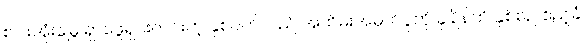
စပါးအုံးမြွေ ရှာဖွေရှင်းလင်းတဲ့ နှစ်ပတ်လည် အထိမ်းအမှတ်ပွဲကို ခုချိန်ထိ နှစ်စဉ် ဧည့်ခံ